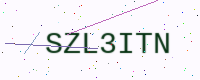
Text: SZL3ITN